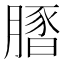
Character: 𦟢